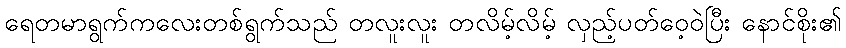
ရေတမာရွက်ကလေးတစ်ရွက်သည် တလူးလူး တလိမ့်လိမ့် လှည့်ပတ်ဝေ့ဝဲပြီး နောင်စိုး၏